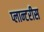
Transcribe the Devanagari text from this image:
प्लान्टरीस